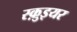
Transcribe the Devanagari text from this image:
स्क़ुइयर